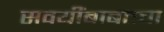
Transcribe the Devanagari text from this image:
सवयींबाबतचा